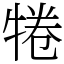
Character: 犈